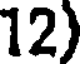
12)